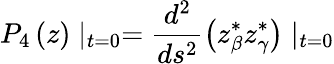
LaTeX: P_{4}\left(z\right)\mid_{t=0}=\frac{d^{2}}{ds^{2}}\left(z_{\beta}^{*}z_{\gamma}^{*}\right)\mid_{t=0}